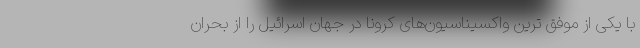
با یکی از موفق ترین واکسیناسیون‌های کرونا در جهان اسرائیل را از بحران